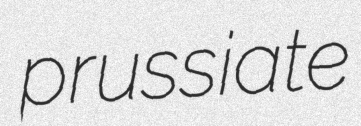
prussiate